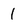
Character: 1